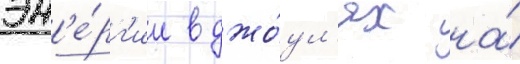
эн'е́рг'ии в джо́ул'ях на́